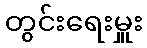
တွင်းရေးမှူး